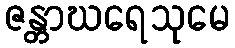
ဇန္တာဃရေသုမေ